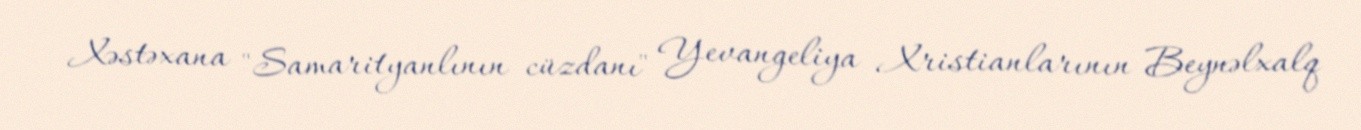
Xəstəxana "Samarityanlının cüzdanı" Yevangeliya Xristianlarının Beynəlxalq